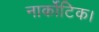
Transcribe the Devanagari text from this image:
नार्कोटिक।